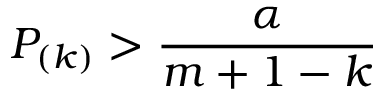
P _ { ( k ) } > { \frac { \alpha } { m + 1 - k } }